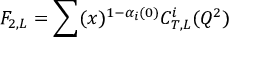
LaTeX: F _ { 2 , L } = \sum ( x ) ^ { 1 - \alpha _ { i } ( 0 ) } C _ { T , L } ^ { i } ( Q ^ { 2 } )